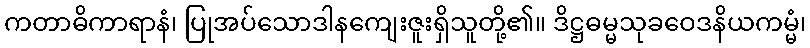
ကတာဓိကာရာနံ၊ ပြုအပ်သောဒါနကျေးဇူးရှိသူတို့၏။ ဒိဋ္ဌဓမ္မသုခဝေဒနိယကမ္မံ၊